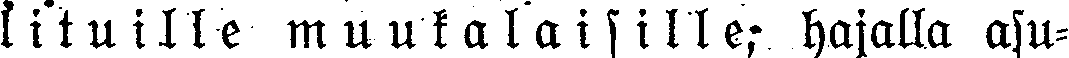
lituille muukalaisille; hajalla asu-